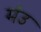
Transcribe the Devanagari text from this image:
मंउ